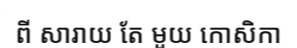
ពី សារាយ តែ មួយ កោសិកា